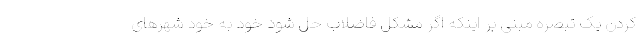
کردن یک تبصره مبنی بر اینکه اگر مشکل فاضلاب حل شود خود به خود شهرهای